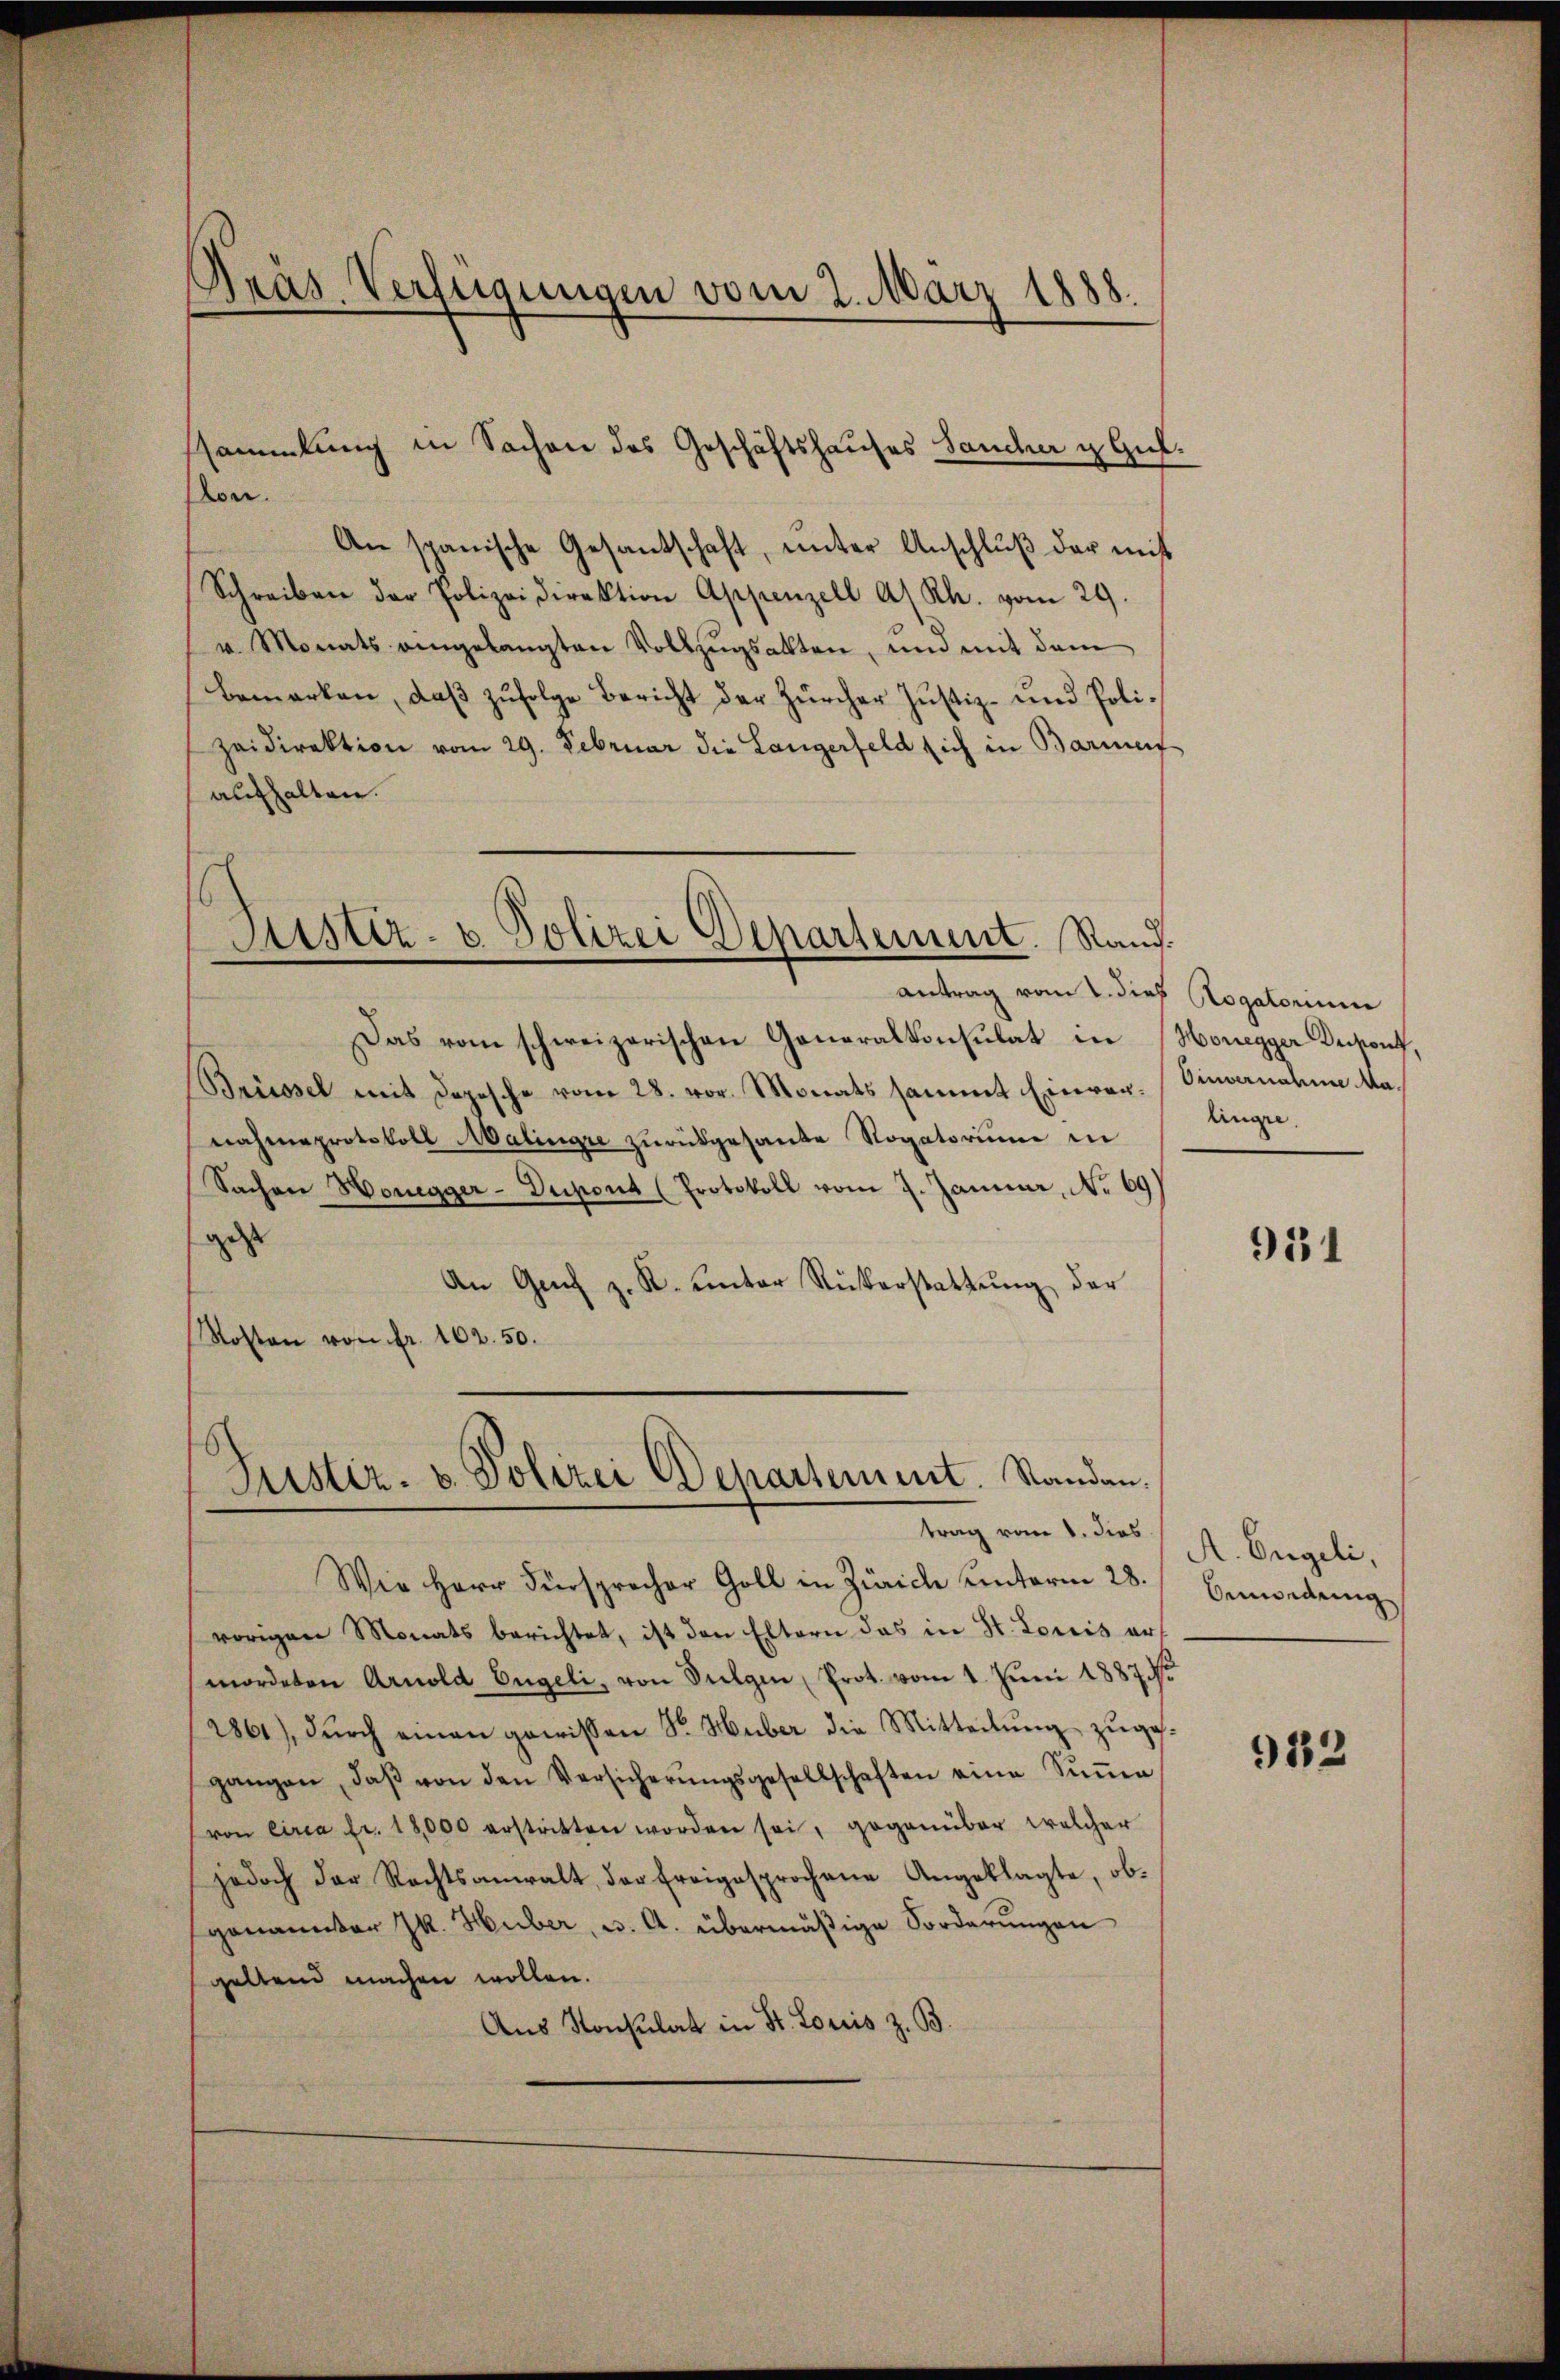
Pras Verfügungen vom 2. März 1888.

lon.
An spanische Gesantschaft, ŭnter Anschlŭβ der mit
Schreiben der Polizeidirektion Appenzell A/Rh. vom 29.
v. Monats eingelangten Vollzugsalten, und mit dem
Bemerken, daβ zŭfolge Bericht der Zürcher Justiz- und Polizeidirektion vom 29. Februar die Langerfeld sich in Barme
aufhalten.
Das vom schweizerischen Generalkonsulat in Honegger Dekont,
Brüssel mit Depesche vom 28. vor. Monats sammt Einver- Einwanden Manahmeprotokoll Malingre zurückgesande Rogatorium in
Sachen Honegger-Duport (Protokoll vom 7. Januar, No 69)
gest
An Genf z. K. unter Rükerstattŭng der
Kosten von fr. 102. 50.
Justiz- & Polizei Departement. Standen.
trag vom 8. dies
Wie Herr Fürsprecher Goll in Zürich unterm 28.
vorigen Monats berichtet, ist den Eltern das in St. Louis ermordeten Arnold Engeli, von Sulgen Prot. vom 1. Juni 1887
2861), durch einen gewissen Sr. Huber die Mitteilung zugegangen, daβ von den Versicherŭngsgesellschaften eine Sŭṁe
von circa Fr. 18,000 erstritten worden sei, gegenüber welcher
jedoch der Rechtsanwalt, der Ereigesprochene Angeklagte, ob-
genannter k. Huber, u. A. übermäßige Forderungen
geltend machen wollen.
Aus Konsulat in St. Loris z. B.

ssammlung in Sachen des Geschäftshauses Sancher u. Gul¬

Sistiz- u. Polizei Departement. Rand
antrag vom 2. dies Rogatorium

linge.

931

A. Engeli,
Owedung

912